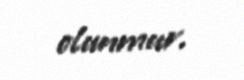
olunmur.